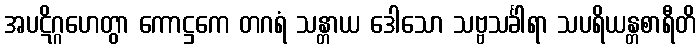
အပဋိဂ္ဂဟေတွာ ကောဋ္ဌကေ တဂရံ သန္တာယ ဒေါသော သဗ္ဗသင်္ခါရာ သပရိယန္တစာရီတိ